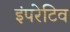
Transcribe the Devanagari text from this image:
इंपरेटिव